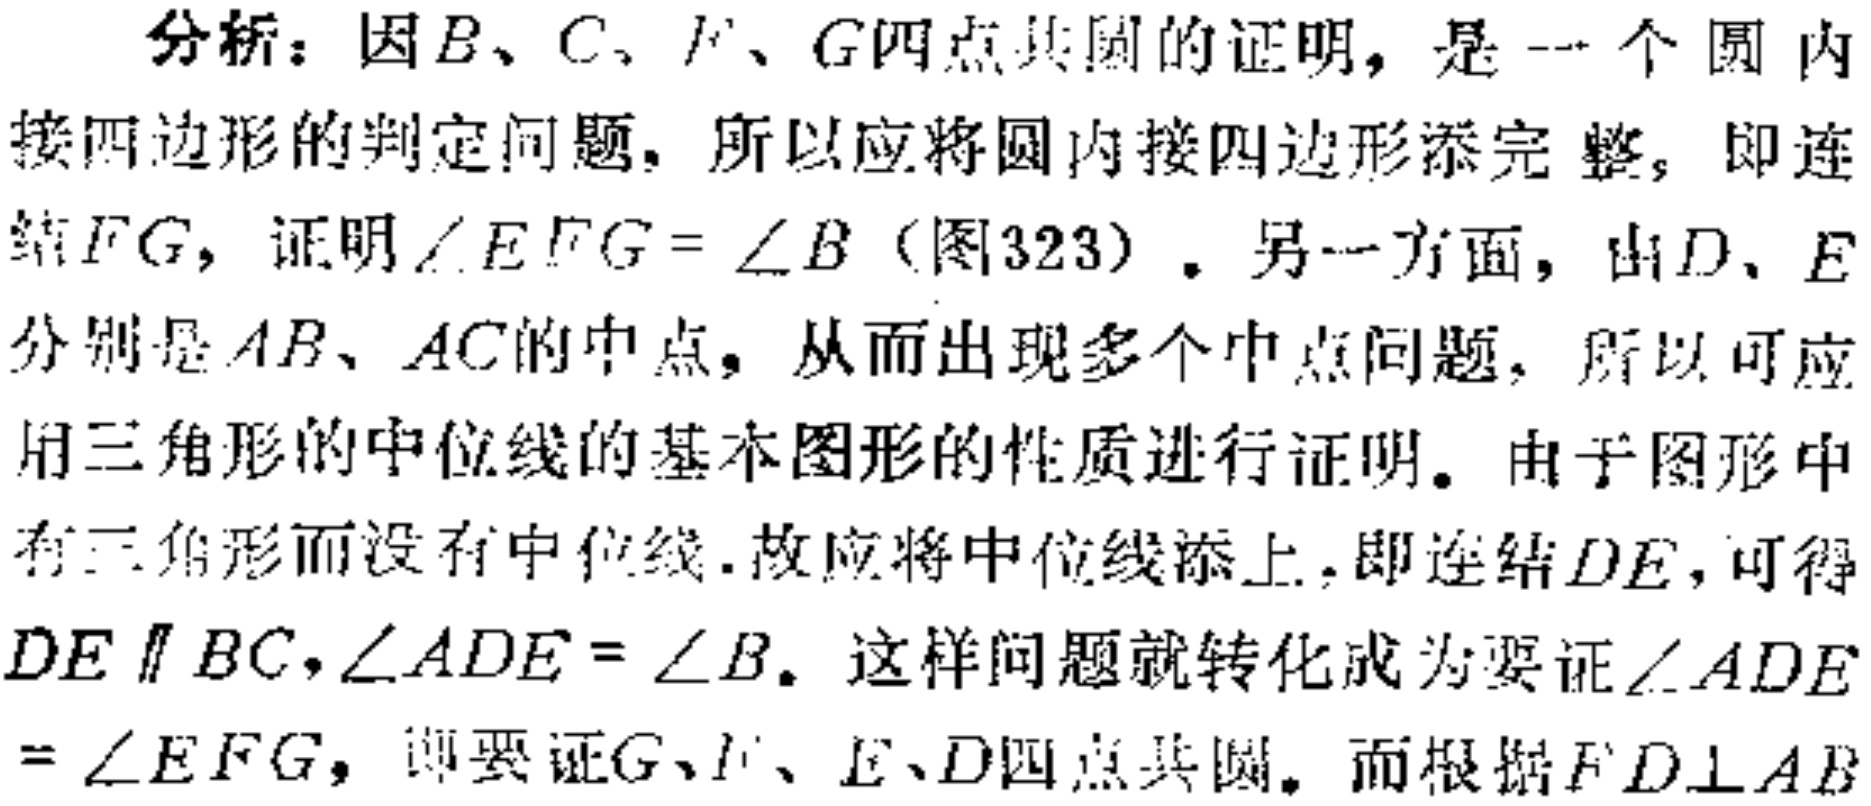
分析：因\(B\)、\(C\)、\(F\)、\(G\)四点共圆的证明，是一个圆内接四边形的判定问题，所以应将圆内接四边形添完整，即连结\(FG\)，证明\(\angle EFG = \angle B\)（图323）。另一方面，由\(D\)、\(E\)分别是\(AB\)、\(AC\)的中点，从而出现多个中点问题，所以可应用三角形的中位线的基本图形的性质进行证明。由于图形中有三角形而没有中位线，故应将中位线添上，即连结\(DE\)，可得\(DE\parallel BC\)，\(\angle ADE = \angle B\)。这样问题就转化成为要证\(\angle ADE=\angle EFG\)，即要证\(G\)、\(F\)、\(E\)、\(D\)四点共圆。而根据\(FD\perp AB\)